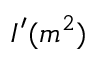
I ^ { \prime } ( m ^ { 2 } )